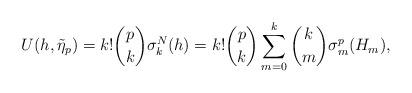
LaTeX: \begin{align*}U(h,\tilde \eta _{p})=k!{\binom p k}\sigma _{k}^{N}(h) =k!{\binom p k}\sum_{m=0}^{k}{\binom k m}\sigma ^{p}_{m}(H_{m} ),\end{align*}